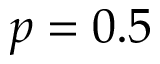
p = 0 . 5